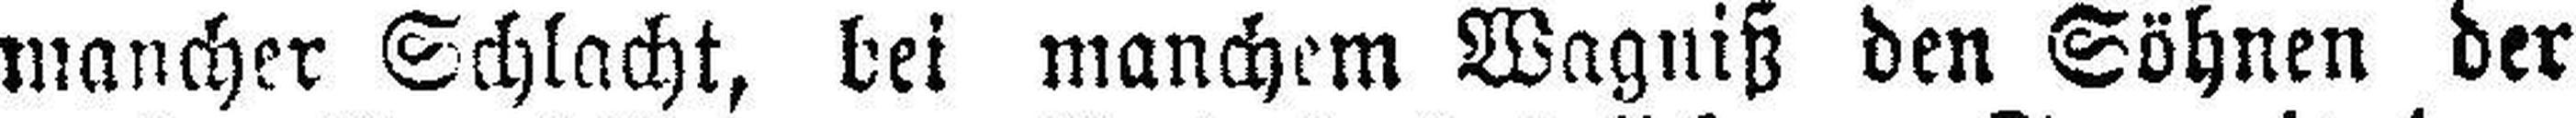
mancher Schlacht, bei manchem Wagniß den Söhnen der